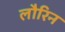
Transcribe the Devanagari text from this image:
लौरिन